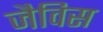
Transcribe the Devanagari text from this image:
जैविस